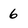
Character: 6